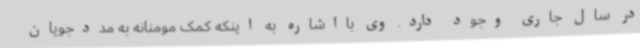
در سال جاری وجود دارد. وی بااشاره به اینکه کمک مومنانه به مددجویان